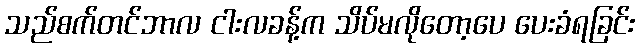
သည်စက်တင်ဘာလ ငါးလခန့်က သိပ်မလိုတော့ပေ ပေးခံရခြင်း